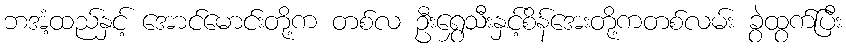
ဘအံ့ထည်နှင့် အောင်မောင်းတို့က တစ်လ ဦးရွှေသီးနှင့်စိန်အေးတို့ကတစ်လမ်း ခွဲထွက်ပြီး